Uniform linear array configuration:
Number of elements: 48
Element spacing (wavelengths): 0.25
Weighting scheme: kaiser
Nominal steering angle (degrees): -30
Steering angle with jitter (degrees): -31.144
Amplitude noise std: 0.05
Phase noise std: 0.05

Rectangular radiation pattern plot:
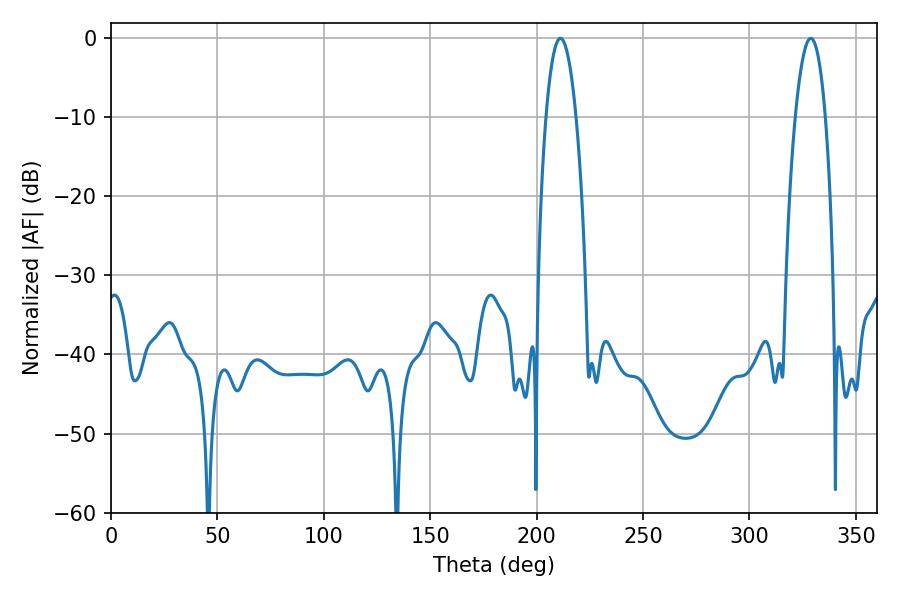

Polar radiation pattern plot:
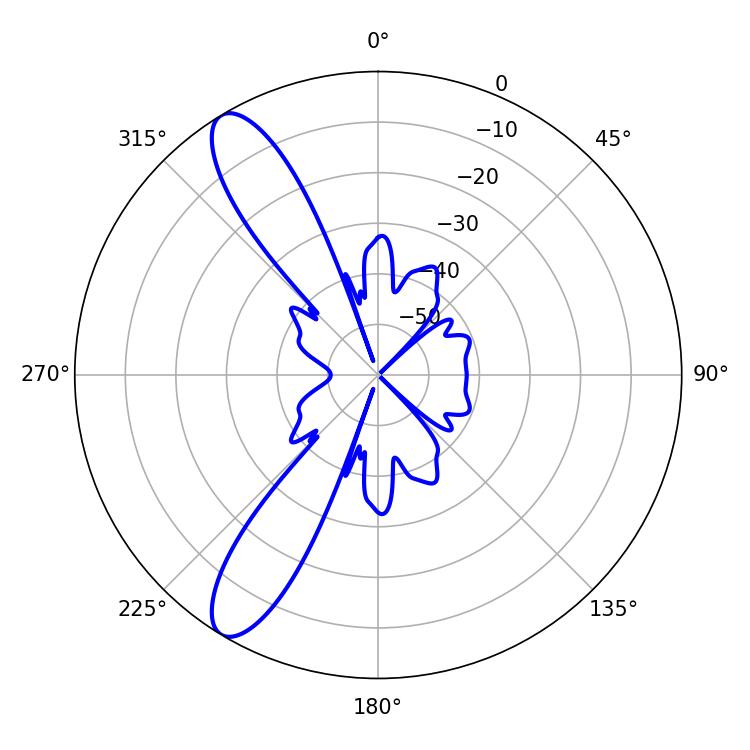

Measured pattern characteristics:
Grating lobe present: FALSE
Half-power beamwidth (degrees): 7.74
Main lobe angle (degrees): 211.14